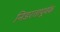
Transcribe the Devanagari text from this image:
निडरतापूर्वक